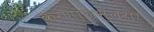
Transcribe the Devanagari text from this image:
करणारामुलगा